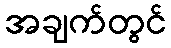
အချက်တွင်